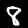
Digit: 8